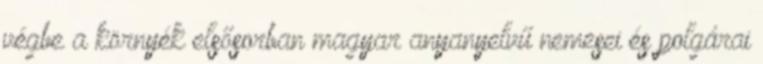
végbe a környék elsősorban magyar anyanyelvű nemesei és polgárai